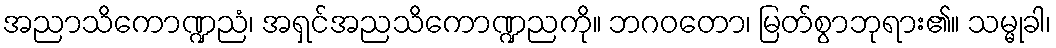
အညာသိကောဏ္ဍညံ၊ အရှင်အညသိကောဏ္ဍညကို။ ဘဂဝတော၊ မြတ်စွာဘုရား၏။ သမ္မုခါ၊